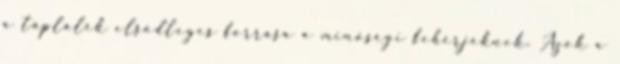
a táplálék elsődleges forrása a minőségi fehérjéknek. Azok a